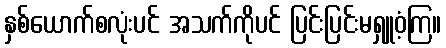
နှစ်ယောက်စလုံးပင် အသက်ကိုပင် ပြင်းပြင်းမရှူဝံ့ကြ။